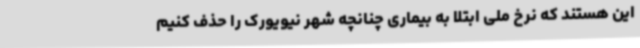
این هستند که نرخ ملی ابتلا به بیماری چنانچه شهر نیویورک را حذف کنیم